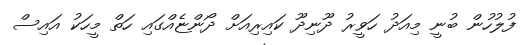
ފުލުހުން ބުނީ މިއަދު ހަވީރު ދޫނިދޫ ކައިރިއަށް ދޯންޏެއްގައި ހަތް މީހަކު އައިސް